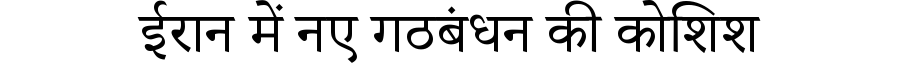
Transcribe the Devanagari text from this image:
ईरान में नए गठबंधन की कोशिश